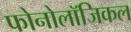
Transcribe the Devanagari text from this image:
फोनोलॉजिकल